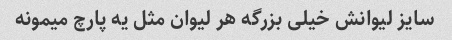
سایز لیوانش خیلی بزرگه هر لیوان مثل یه پارچ میمونه